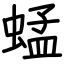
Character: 蜢